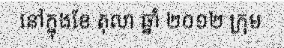
នៅក្នុងខែ តុលា ឆ្នាំ ២០១២ ក្រុម